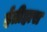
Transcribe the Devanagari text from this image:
ईतीहास